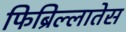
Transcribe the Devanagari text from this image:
फिब्रिल्लातेस